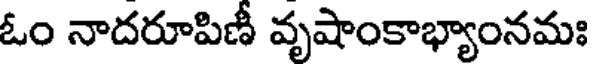
ఓం నాదరూపిణీ వృషాంకాభ్యాంనమః